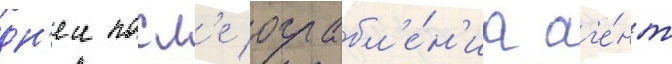
дн'еи посл'е ограбл'е́н'иа аг'е́нт